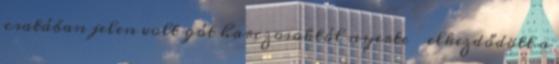
csatában jelen volt gót harczosoktól nyerte  elkezdődött a